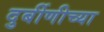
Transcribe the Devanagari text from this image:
दुर्बीणीच्या